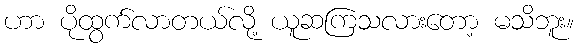
ဟာ ပိုထွက်လာတယ်လို့ ယူဆကြသလားတော့ မသိဘူး။